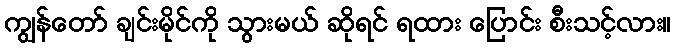
ကျွန်တော် ချင်းမိုင်ကို သွားမယ် ဆိုရင် ရထား ပြောင်း စီးသင့်လား။